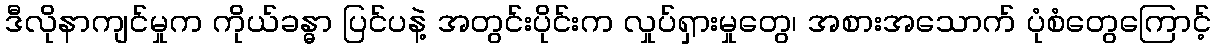
ဒီလိုနာကျင်မှုက ကိုယ်ခန္ဓာ ပြင်ပနဲ့ အတွင်းပိုင်းက လှုပ်ရှားမှုတွေ၊ အစားအသောက် ပုံစံတွေကြောင့်